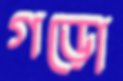
গড়ো